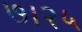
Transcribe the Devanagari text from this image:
७।२५